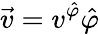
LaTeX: \vec{v}=v^{\hat{\varphi}}\hat{\varphi}